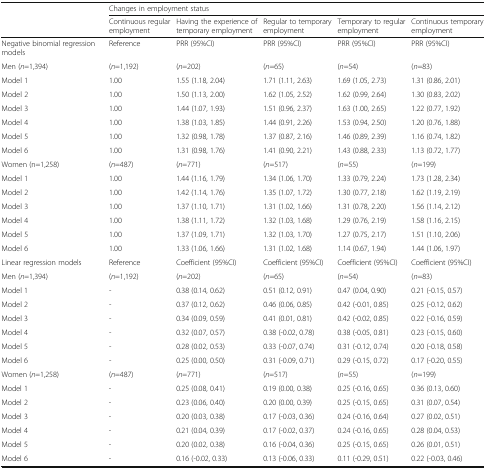
<table><thead><tr><td rowspan="2"></td><td colspan="5"><b>Changes in employment status</b></td></tr><tr><td><b>Continuous regular employment</b></td><td><b>Having the experience of temporary employment</b></td><td><b>Regular to temporary employment</b></td><td><b>Temporary to regular employment</b></td><td><b>Continuous temporary employment</b></td></tr></thead><tbody><tr><td>Negative binomial regression models</td><td>Reference</td><td>PRR (95%CI)</td><td>PRR (95%CI)</td><td>PRR (95%CI)</td><td>PRR (95%CI)</td></tr><tr><td>Men (<i>n</i>=1,394)</td><td>(<i>n</i>=1,192)</td><td>(<i>n</i>=202)</td><td>(<i>n</i>=65)</td><td>(<i>n</i>=54)</td><td>(<i>n</i>=83)</td></tr><tr><td>Model 1</td><td>1.00</td><td>1.55 (1.18, 2.04)</td><td>1.71 (1.11, 2.63)</td><td>1.69 (1.05, 2.73)</td><td>1.31 (0.86, 2.01)</td></tr><tr><td>Model 2</td><td>1.00</td><td>1.50 (1.13, 2.00)</td><td>1.62 (1.05, 2.52)</td><td>1.62 (0.99, 2.64)</td><td>1.30 (0.83, 2.02)</td></tr><tr><td>Model 3</td><td>1.00</td><td>1.44 (1.07, 1.93)</td><td>1.51 (0.96, 2.37)</td><td>1.63 (1.00, 2.65)</td><td>1.22 (0.77, 1.92)</td></tr><tr><td>Model 4</td><td>1.00</td><td>1.38 (1.03, 1.85)</td><td>1.44 (0.91, 2.26)</td><td>1.53 (0.94, 2.50)</td><td>1.20 (0.76, 1.88)</td></tr><tr><td>Model 5</td><td>1.00</td><td>1.32 (0.98, 1.78)</td><td>1.37 (0.87, 2.16)</td><td>1.46 (0.89, 2.39)</td><td>1.16 (0.74, 1.82)</td></tr><tr><td>Model 6</td><td>1.00</td><td>1.31 (0.98, 1.76)</td><td>1.41 (0.90, 2.21)</td><td>1.43 (0.88, 2.33)</td><td>1.13 (0.72, 1.77)</td></tr><tr><td>Women (n=1,258)</td><td>(<i>n</i>=487)</td><td>(<i>n</i>=771)</td><td>(<i>n</i>=517)</td><td>(<i>n</i>=55)</td><td>(<i>n</i>=199)</td></tr><tr><td>Model 1</td><td>1.00</td><td>1.44 (1.16, 1.79)</td><td>1.34 (1.06, 1.70)</td><td>1.33 (0.79, 2.24)</td><td>1.73 (1.28, 2.34)</td></tr><tr><td>Model 2</td><td>1.00</td><td>1.42 (1.14, 1.76)</td><td>1.35 (1.07, 1.72)</td><td>1.30 (0.77, 2.18)</td><td>1.62 (1.19, 2.19)</td></tr><tr><td>Model 3</td><td>1.00</td><td>1.37 (1.10, 1.71)</td><td>1.31 (1.02, 1.66)</td><td>1.31 (0.78, 2.20)</td><td>1.56 (1.14, 2.12)</td></tr><tr><td>Model 4</td><td>1.00</td><td>1.38 (1.11, 1.72)</td><td>1.32 (1.03, 1.68)</td><td>1.29 (0.76, 2.19)</td><td>1.58 (1.16, 2.15)</td></tr><tr><td>Model 5</td><td>1.00</td><td>1.37 (1.09, 1.71)</td><td>1.32 (1.03, 1.70)</td><td>1.27 (0.75, 2.17)</td><td>1.51 (1.10, 2.06)</td></tr><tr><td>Model 6</td><td>1.00</td><td>1.33 (1.06, 1.66)</td><td>1.31 (1.02, 1.68)</td><td>1.14 (0.67, 1.94)</td><td>1.44 (1.06, 1.97)</td></tr><tr><td>Linear regression models</td><td>Reference</td><td>Coefficient (95%CI)</td><td>Coefficient (95%CI)</td><td>Coefficient (95%CI)</td><td>Coefficient (95%CI)</td></tr><tr><td>Men (<i>n</i>=1,394)</td><td>(<i>n</i>=1,192)</td><td>(<i>n</i>=202)</td><td>(<i>n</i>=65)</td><td>(<i>n</i>=54)</td><td>(<i>n</i>=83)</td></tr><tr><td>Model 1</td><td>-</td><td>0.38 (0.14, 0.62)</td><td>0.51 (0.12, 0.91)</td><td>0.47 (0.04, 0.90)</td><td>0.21 (-0.15, 0.57)</td></tr><tr><td>Model 2</td><td>-</td><td>0.37 (0.12, 0.62)</td><td>0.46 (0.06, 0.85)</td><td>0.42 (-0.01, 0.85)</td><td>0.25 (-0.12, 0.62)</td></tr><tr><td>Model 3</td><td>-</td><td>0.34 (0.09, 0.59)</td><td>0.41 (0.01, 0.81)</td><td>0.42 (-0.02, 0.85)</td><td>0.22 (-0.16, 0.59)</td></tr><tr><td>Model 4</td><td>-</td><td>0.32 (0.07, 0.57)</td><td>0.38 (-0.02, 0.78)</td><td>0.38 (-0.05, 0.81)</td><td>0.23 (-0.15, 0.60)</td></tr><tr><td>Model 5</td><td>-</td><td>0.28 (0.02, 0.53)</td><td>0.33 (-0.07, 0.74)</td><td>0.31 (-0.12, 0.74)</td><td>0.20 (-0.18, 0.58)</td></tr><tr><td>Model 6</td><td>-</td><td>0.25 (0.00, 0.50)</td><td>0.31 (-0.09, 0.71)</td><td>0.29 (-0.15, 0.72)</td><td>0.17 (-0.20, 0.55)</td></tr><tr><td>Women (<i>n</i>=1,258)</td><td>(<i>n</i>=487)</td><td>(<i>n</i>=771)</td><td>(<i>n</i>=517)</td><td>(<i>n</i>=55)</td><td>(<i>n</i>=199)</td></tr><tr><td>Model 1</td><td>-</td><td>0.25 (0.08, 0.41)</td><td>0.19 (0.00, 0.38)</td><td>0.25 (-0.16, 0.65)</td><td>0.36 (0.13, 0.60)</td></tr><tr><td>Model 2</td><td>-</td><td>0.23 (0.06, 0.40)</td><td>0.20 (0.00, 0.39)</td><td>0.25 (-0.15, 0.65)</td><td>0.31 (0.07, 0.54)</td></tr><tr><td>Model 3</td><td>-</td><td>0.20 (0.03, 0.38)</td><td>0.17 (-0.03, 0.36)</td><td>0.24 (-0.16, 0.64)</td><td>0.27 (0.02, 0.51)</td></tr><tr><td>Model 4</td><td>-</td><td>0.21 (0.04, 0.39)</td><td>0.17 (-0.02, 0.37)</td><td>0.24 (-0.16, 0.65)</td><td>0.28 (0.04, 0.53)</td></tr><tr><td>Model 5</td><td>-</td><td>0.20 (0.02, 0.38)</td><td>0.16 (-0.04, 0.36)</td><td>0.25 (-0.15, 0.65)</td><td>0.26 (0.01, 0.51)</td></tr><tr><td>Model 6</td><td>-</td><td>0.16 (-0.02, 0.33)</td><td>0.13 (-0.06, 0.33)</td><td>0.11 (-0.29, 0.51)</td><td>0.22 (-0.03, 0.46)</td></tr></tbody></table>